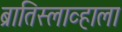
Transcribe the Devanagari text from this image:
ब्रातिस्लाव्हाला